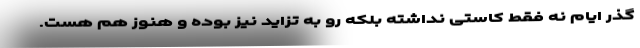
گذر ایام نه فقط کاستی نداشته بلکه رو به تزاید نیز بوده و هنوز هم هست.